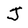
Character: J